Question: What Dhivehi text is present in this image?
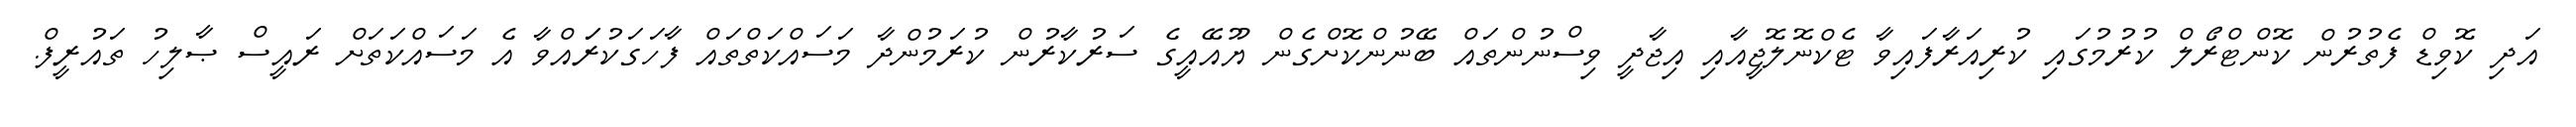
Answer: އަދި ކޮވިޑް ފެތުރުން ކޮންޓްރޯލް ކުރުމުގައި ކުރިއަރާފައިވާ ޓެކްނޮލޮޖީއާއި އިޖާދީ ވިސްނުންތައް ބޭނުންކޮށްގެން ޔޫއޭއީގެ ސަރުކާރުން ކުރަމުންދާ މަސައްކަތްތައް ފާހަގަކުރަައްވާ އެ މަސައްކަތަށް ރައީސް ޞާލިހު ތައުރީފް.